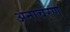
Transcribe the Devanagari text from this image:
अनाचरण